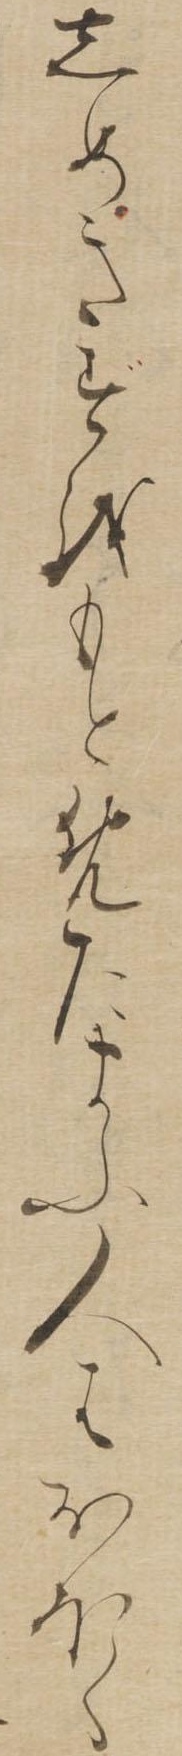
しめきずをもとめたまふ人はおほく